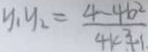
y _ { 1 } y _ { 2 } = \frac { 4 - 4 b ^ { 2 } } { 4 k ^ { 2 } + 1 }